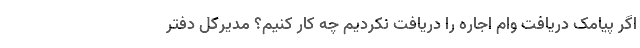
اگر پیامک دریافت وام اجاره را دریافت نکردیم چه کار کنیم؟ مدیرکل دفتر